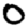
Digit: 0